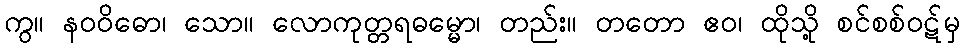
ကွ။ နဝဝိဓော၊ သော။ လောကုတ္တရဓမ္မော၊ တည်း။ တတော ဧဝ၊ ထိုသို့ စင်စစ်ဝဋ်မှ